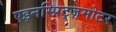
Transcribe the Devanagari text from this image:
एइनस्प्रिट्ज़मोटर